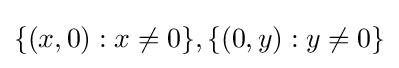
\{(x,0):x\neq 0\},\{(0,y):y\neq 0\}